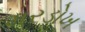
મરડોખ